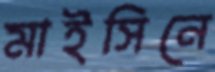
মাইসিনে